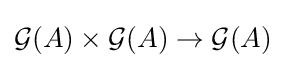
{\mathcal {G}}(A)\times {\mathcal {G}}(A)\to {\mathcal {G}}(A)